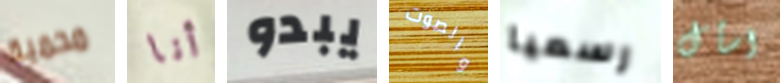
محمية أنا يبدو والصوت رسميا اسأل